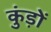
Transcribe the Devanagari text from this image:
कुंड़ों